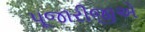
પૂજારીજીએ